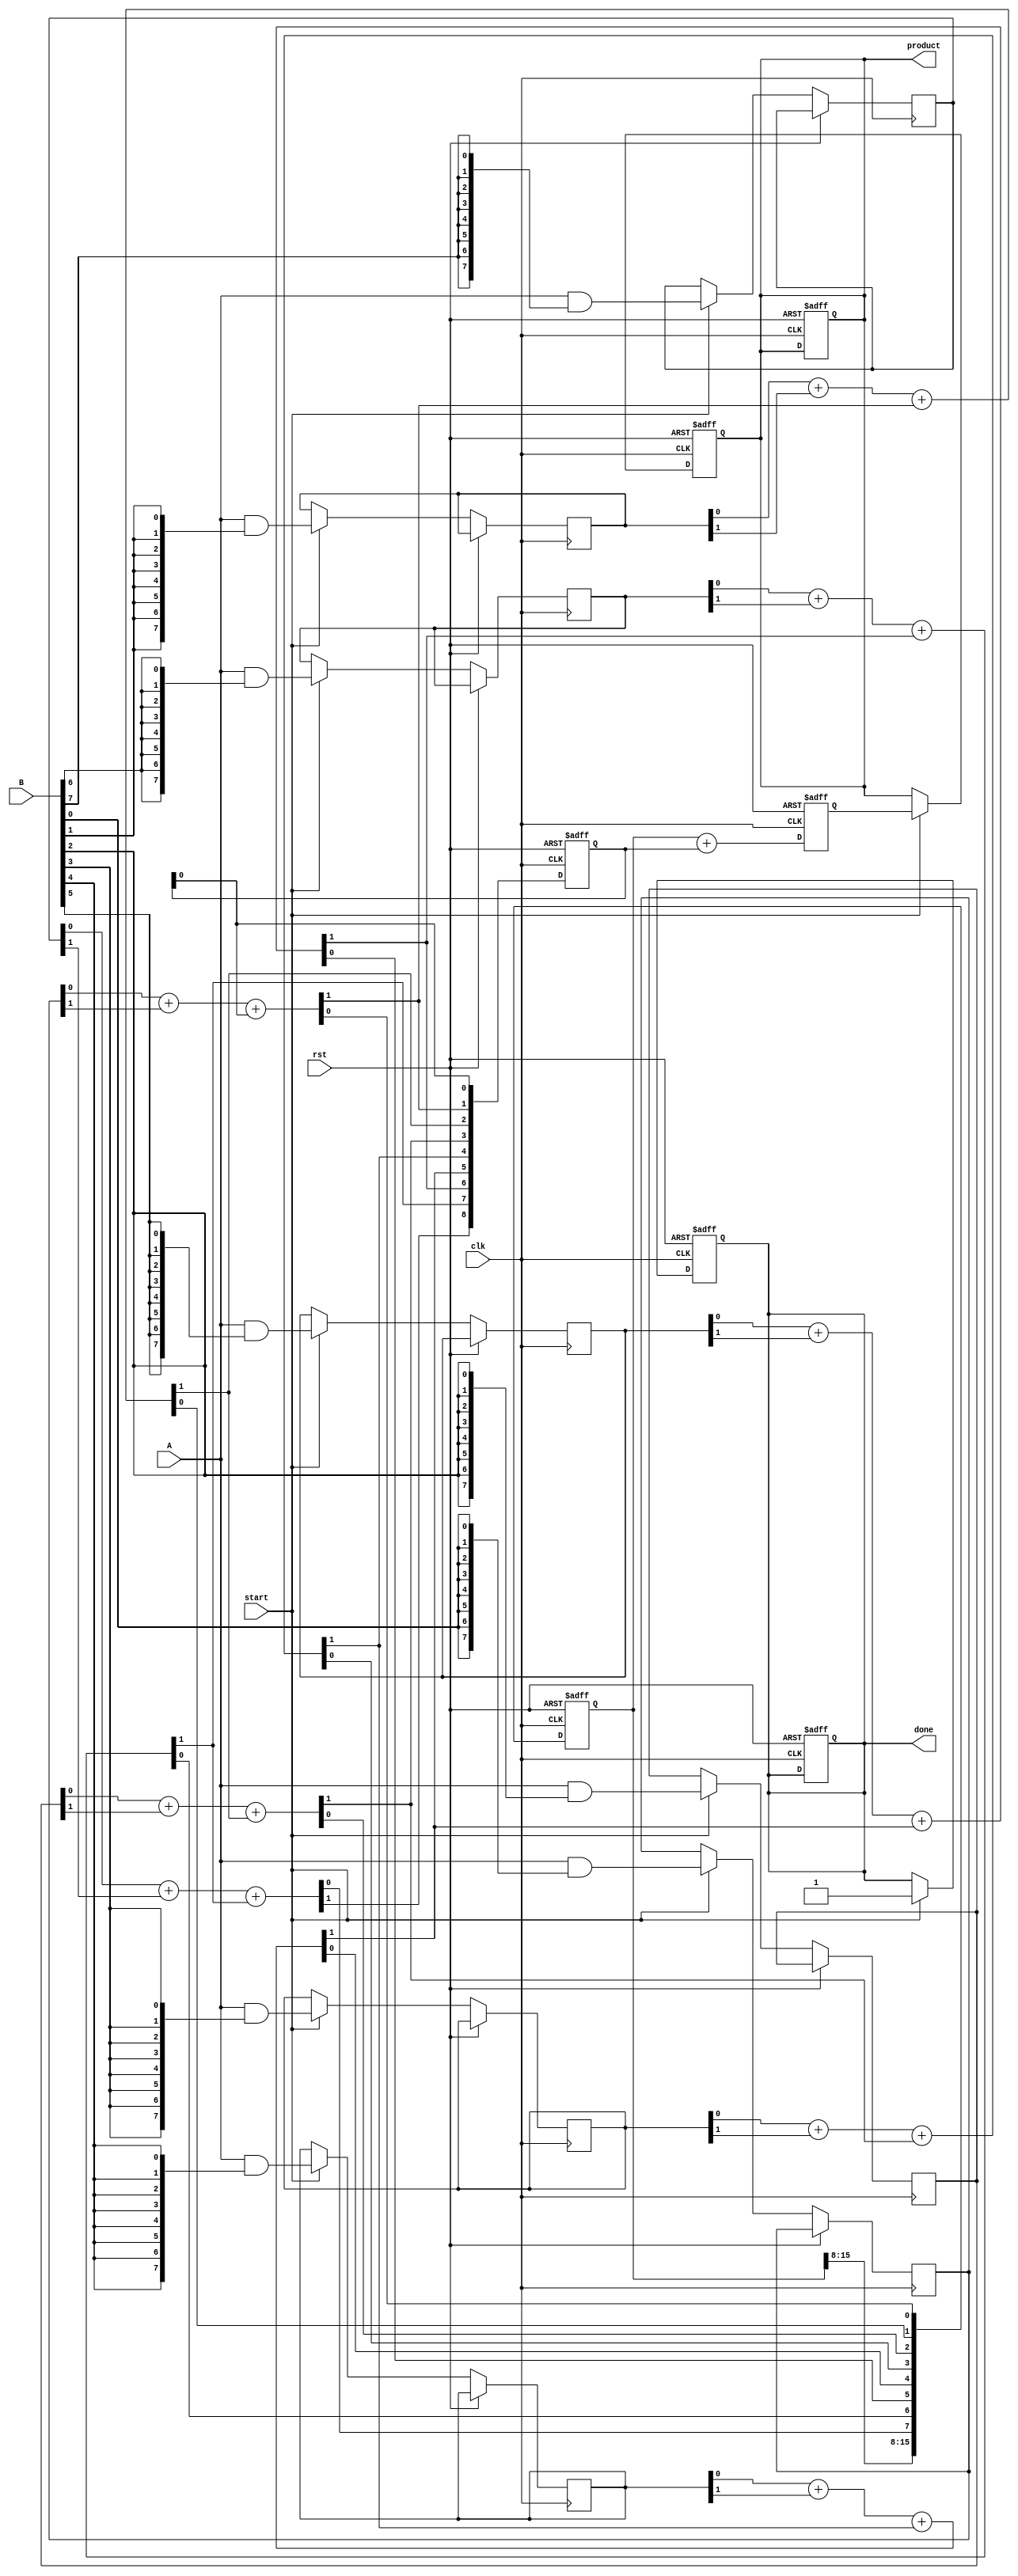
module pipelined_wallace_tree_multiplier #(
    parameter N = 8 // Bit-width of inputs A and B
)(
    input clk,
    input rst,
    input [N-1:0] A,
    input [N-1:0] B,
    input start,
    output reg [2*N-1:0] product,
    output reg done
);

    // Internal signals
    reg [N-1:0] partial_products[N-1:0];
    reg [2*N-1:0] sum_stage1, sum_stage2;
    reg [N:0] carry_stage1, carry_stage2;
    reg [N-1:0] pp[N-1:0]; // Partial products
    reg [2*N-1:0] final_sum;
    reg [N:0] final_carry;
    
    // Stage 1: Generate partial products
    integer i, j;

    always @(posedge clk or posedge rst) begin
        if (rst) begin
            done <= 0;
            product <= 0;
        end else if (start) begin
            // Generate partial products
            for (i = 0; i < N; i = i + 1) begin
                partial_products[i] = A & {N{B[i]}};
            end
        end
    end

    // Stage 2: Wallace tree reduction (simplified)
    always @(posedge clk or posedge rst) begin
        if (rst) begin
            sum_stage1 <= 0;
            carry_stage1 <= 0;
        end else begin
            // Combine partial products using half-adders and full-adders
            for (i = 0; i < N; i = i + 1) begin
                {carry_stage1[i+1], sum_stage1[i]} = partial_products[i][0] + partial_products[i][1] + carry_stage1[i];
            end
        end
    end

    // Stage 3: Final addition (simplified)
    always @(posedge clk or posedge rst) begin
        if (rst) begin
            sum_stage2 <= 0;
            carry_stage2 <= 0;
        end else begin
            // Final addition of the last stage
            {carry_stage2, sum_stage2} = sum_stage1 + carry_stage1;
        end
    end

    // Output the final product
    always @(posedge clk or posedge rst) begin
        if (rst) begin
            product <= 0;
            done <= 0;
        end else if (start) begin
            product <= sum_stage2;
            done <= 1; // Indicate multiplication is done
        end
    end

endmodule